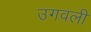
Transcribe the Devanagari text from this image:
उगवली